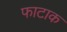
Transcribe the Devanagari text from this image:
फाटाक